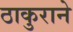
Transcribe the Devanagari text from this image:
ठाकुराने